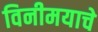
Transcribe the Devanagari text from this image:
विनीमयाचे